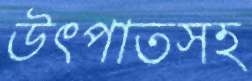
উৎপাতসহ